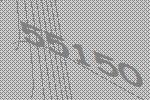
55150